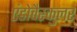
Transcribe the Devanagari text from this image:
एंडोवैस्कुलर